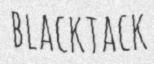
BLACKJACK